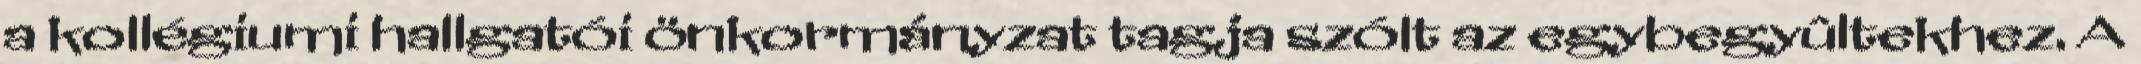
a kollégiumi hallgatói önkormányzat tagja szólt az egybegyûltekhez. A